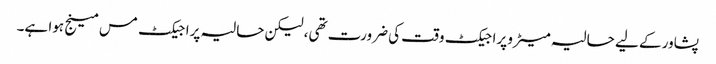
پشاور کے لیے حالیہ میٹرو پراجیکٹ وقت کی ضرورت تھی، لیکن حالیہ پراجیکٹ مس مینج ہوا ہے۔